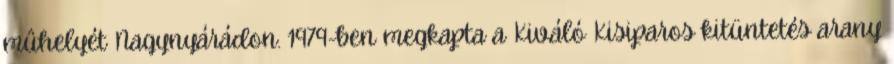
mûhelyét Nagynyárádon. 1979-ben megkapta a Kiváló Kisiparos kitüntetés arany